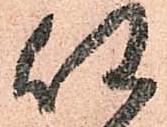
任